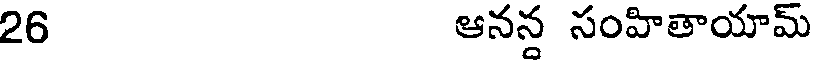
26 ఆనన్ద సంహితాయామ్